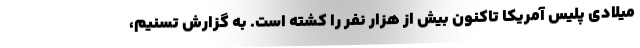
میلادی پلیس آمریکا تاکنون بیش از هزار نفر را کشته است. به گزارش تسنیم،